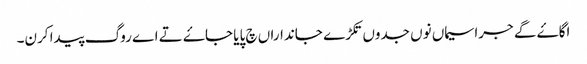
اگاۓ گے جراسیماں نوں جدوں تکڑے جانداراں چ پایا جاۓ تے اے روگ پیدا کرن۔